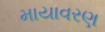
માયાવરણ